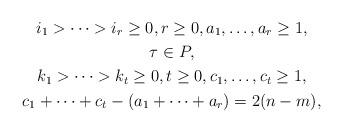
LaTeX: \begin{gather*} i_1>\dots >i_r\ge 0, r\ge 0, a_1,\ldots ,a_r\ge 1,\\ \tau\in P,\\ k_1>\dots >k_t\ge 0, t\ge 0, c_1,\ldots ,c_t\ge 1,\\ c_1+\dots +c_t-(a_1+\dots +a_r)=2(n-m), \end{gather*}